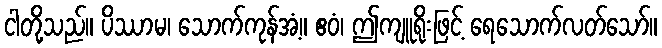
ငါတို့သည်။ ပိဿာမ၊ သောက်ကုန်အံ့။ ဧဝံ၊ ဤကျူရိုးဖြင့် ရေသောက်လတ်သော်။